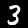
Label: 3